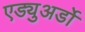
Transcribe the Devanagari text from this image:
एड्युअर्डो